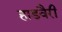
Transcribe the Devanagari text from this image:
हाडवैरी